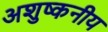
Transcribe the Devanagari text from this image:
अशुष्कनीय